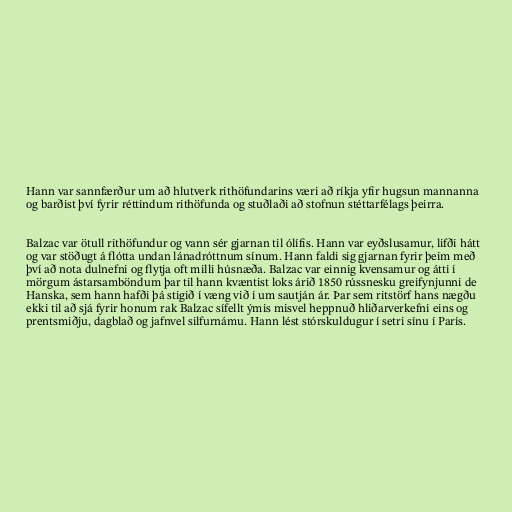
Hann var sannfærður um að hlutverk rithöfundarins væri að ríkja yfir hugsun mannanna
og barðist því fyrir réttindum rithöfunda og stuðlaði að stofnun stéttarfélags þeirra.

Balzac var ötull rithöfundur og vann sér gjarnan til ólífis. Hann var eyðslusamur, lifði hátt
og var stöðugt á flótta undan lánadróttnum sínum. Hann faldi sig gjarnan fyrir þeim með
því að nota dulnefni og flytja oft milli húsnæða. Balzac var einnig kvensamur og átti í
mörgum ástarsamböndum þar til hann kvæntist loks árið 1850 rússnesku greifynjunni de
Hanska, sem hann hafði þá stigið í væng við í um sautján ár. Þar sem ritstörf hans nægðu
ekki til að sjá fyrir honum rak Balzac sífellt ýmis misvel heppnuð hliðarverkefni eins og
prentsmiðju, dagblað og jafnvel silfurnámu. Hann lést stórskuldugur í setri sínu í París.